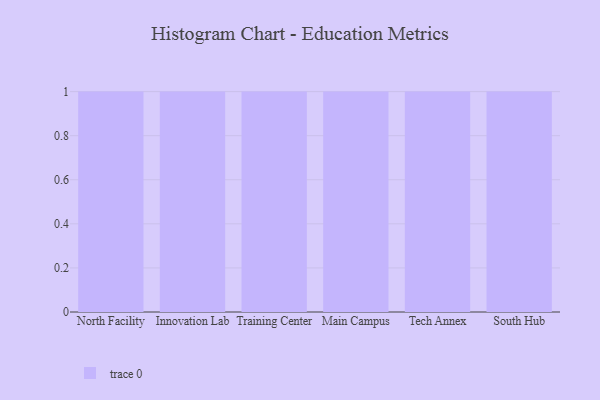
{"axis": {"x": "Campus", "y": "Backlog"}, "legend": [""], "data": [{"x": "North Facility", "y": 99, "type": ""}, {"x": "Innovation Lab", "y": 87, "type": ""}, {"x": "Training Center", "y": 23, "type": ""}, {"x": "Main Campus", "y": 61, "type": ""}, {"x": "Tech Annex", "y": 58, "type": ""}, {"x": "South Hub", "y": 5, "type": ""}]}